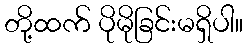
တို့ထက် ပိုမိုခြင်းမရှိပါ။